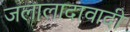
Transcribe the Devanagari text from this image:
जलालादावादी